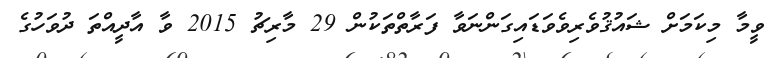
ވީމާ މިކަމަށް ޝައުޤުވެރިވެވަޑައިގަންނަވާ ފަރާތްތަކުން 29 މާރިޗު 2015 ވާ އާދީއްތަ ދުވަހުގެ